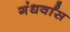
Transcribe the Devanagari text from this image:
गंधर्वांस